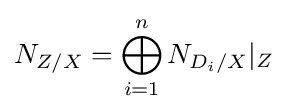
N_{Z/X}=\bigoplus _{i=1}^{n}N_{D_{i}/X}|_{Z}